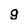
Character: g